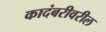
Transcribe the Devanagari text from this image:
कादंबरीवरील